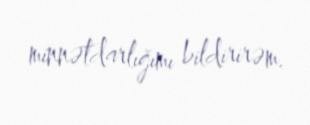
minnətdarlığımı bildirirəm.